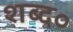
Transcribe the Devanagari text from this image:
शब्द०